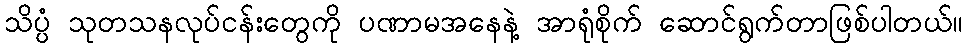
သိပ္ပံ သုတသနလုပ်ငန်းတွေကို ပဏာမအနေနဲ့ အာရုံစိုက် ဆောင်ရွက်တာဖြစ်ပါတယ်။